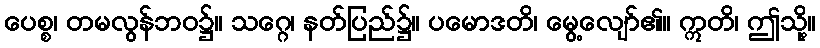
ပေစ္စ၊ တမလွန်ဘဝ၌။ သဂ္ဂေ၊ နတ်ပြည်၌။ ပမောဒတိ၊ မွေ့လျော်၏။ ဣတိ၊ ဤသို့။